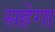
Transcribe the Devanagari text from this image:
सहेगा